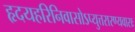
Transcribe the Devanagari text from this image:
हृदयहरिनिवासोऽप्युत्तरारण्यवासः